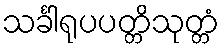
သင်္ခါရုပပတ္တိသုတ္တံ